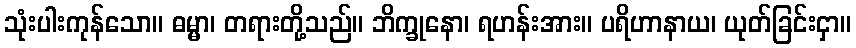
သုံးပါးကုန်သော။ ဓမ္မာ၊ တရားတို့သည်။ ဘိက္ခုနော၊ ရဟန်းအား။ ပရိဟာနာယ၊ ယုတ်ခြင်းငှာ။